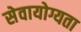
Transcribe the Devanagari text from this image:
सेवायोग्यता